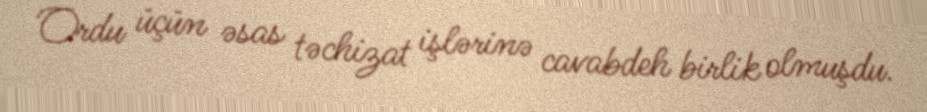
Ordu üçün əsas təchizat işlərinə cavabdeh birlik olmuşdu.